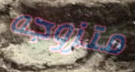
متزوجه